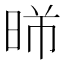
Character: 𣈰